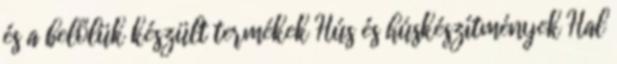
és a belőlük készült termékek Hús és húskészítmények Hal